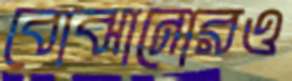
বোঝানোরও